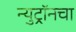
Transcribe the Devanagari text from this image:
न्युट्रॉनचा